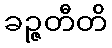
ခဉ္ဇတီတိ